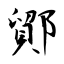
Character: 鄮